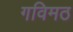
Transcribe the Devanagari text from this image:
गविमठ